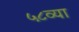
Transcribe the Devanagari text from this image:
५८व्या